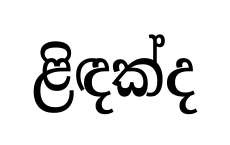
ළිඳක්ද